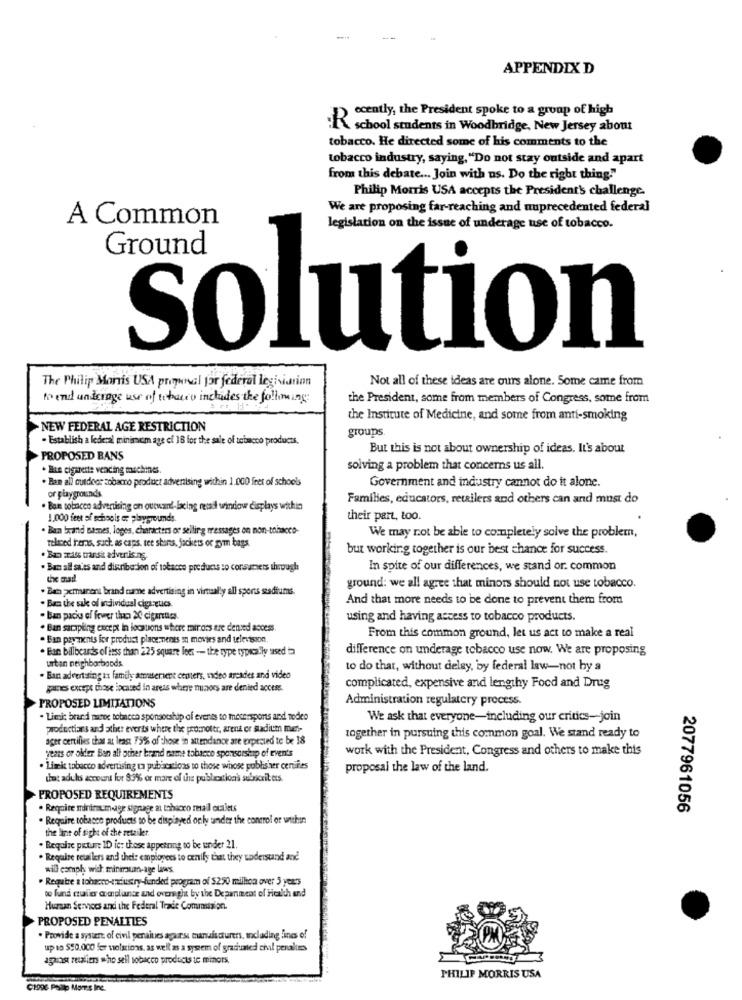
APPENDIX D
ecently, the President spoke to a group of high
K school students in Woodbridge, New Jersey about
tobacco. He directed some of his comments to the
tobacco industry, saying, "Do not stay outside and apart
from this debate ... Join with us. Do the right thing."
Philip Morris USA accepts the President's challenge.
We are proposing far-reaching and nuprecedented federal
A Common
legislation on the issue of underage use of tobacco.
Ground
solution
The Philip Morris USA proynal for federal legisiarion
Not all of these ideas are ours alone. Some came from
to end underage use of tobacco includes the following
the President, some fram members of Congress, some from
the Institute of Medicine, and some from anti-smoking
NEW FEDERAL AGE RESTRICTION
groups.
- Establish a lederal minimum age of 18 for the sale of tobacco products.
But this is not about ownership of ideas. It's about
PROPOSED BANS
. le cigarette vending machines.
solving a problem that concerns us all.
. Ban all outdoor sobaco product advertising within 1.000 feet of schools
Government and industry cannot do it alone.
or playgrounds
Families, educators, retailers and others can and must do
· Ban tobacco advertising on outwant-lacing retail window displays within
1.000 feet of schools or playgrounds.
their part, too.
. Ban brand names, loges, characters or selling messages on non-tobacco-
We may not be able to completely solve the problem,
telaced hers, such as caps, tee starts, jackets or gym bags
but working together is our best chance for success.
. Ban mass transit advertising.
. Ban all sales and distribution of tobacco products so consumers through
In spite of our differences, we stand or. common
the mad
. Bab pemuneni brand tune advertising in virtually all sports stadiums.
ground: we all agree that minors should not use tobacco.
And that more needs to be done to prevent them from
. Bam the sake of individual diga ques.
. Ban pacio of fewer than 20 cigarettes
using and having access to tobacco products.
. Ban sampling except in locations where miross are denied access.
. Ban payants for product placements mn movies and television,
From this common ground, let us act to make a real
. Ban billboards of less than 225 square feet -- the type typically used in
difference on underage tobacco use now. We are proposing
urban neighborbonds
to do that, without delay, by federal law-not by a
. Ban advertising as family amateriene centers, video arcades and video
pannes except those located in areas where minors are denied access.
complicated, expensive and lengthy Food and Drug
Administration regulatory process.
PROPOSED LIMITATIONS
. Liesi: brand naroe tobacco sponsorship of everis to metersports and nodeo
We ask that everyone-including our critics-join
productians and other everts where the promoter, arent er sudium met-
ager certifies that at least 75% of those in attendance are expected to be 18
together in pursuing this common goal. We stand ready to
years or older Ben all other brand name tobacco sponsorship of even's
work with the President, Congress and others to make this
. Limi tobacco advertising ta publications to those whose publisher certifies
proposal the law of the land.
that adu hs account for 8:3% or mare of the publication's subscribers.
PROPOSED REQUIREMENTS
· Require minimum age signage al tobacro retail outlets
2077961056
.Require tobacco products to be displayed only under the control or within
the line of sight of the retailer.
. Require pictu : 1D ic: those appetning to be under 21.
. Require retailers and their employees to exnily tant they vaderstand and
will comply with minersum-age laws
. Require a tobacco-ciustry-fundedi program of $250 million over 5 years
to fund maler compliance and oversight by the Deparment of Health and
Hursan Sennocs and the Federal Trade Commission.
PROPOSED PENALTIES
· Provide a syster of civil peruiues agarsu tunufacturer, mclading lines of
up to 590.000 fer violations, as well as a system of graduated chal peraliss
aguas realien who sell tobacco products te minors
PHILIP MORRIS USA
C1996 Philip Morris Inc.